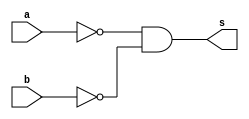
// --------- exercicio 5 
// Nome: Mateus Cunha da Silva 
// --------------------- 
// --------------------- 
// -- NORgate
// ---------------------
module norGate ( output s,
 input a, input b);
 	assign s = ((~a)&(~b));
 endmodule // nor
// --------------------- 
// -- test nandgate 
// --------------------- 
module exercicio0005;

	reg a, b;
	wire s;

norGate nor1 ( s, a, b );
// ------ Preparaao
initial begin:start
	a=0;
	b=0;
end 

// ------------------------- parte principal 
initial begin:main
	$display("Exercicioo0005 - Mateus Cunha da Silva - 463624"); 
	$display("Tabela "); 
	$display("\n a ~& b = s\n"); 
	$monitor(" %b ~| %b = %b ", a, b, s);
	#1a=0; b=1;
	#1a=1; b=0;
	#1a=1; b=1;
end
endmodule//exercicio0001